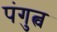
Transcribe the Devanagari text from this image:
पंगुत्व